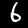
Label: 6